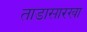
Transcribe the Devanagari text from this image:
ताडासारखा